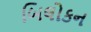
બિલોકન